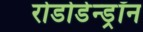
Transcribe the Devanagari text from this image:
रोडोडेन्‍ड्रॉन